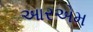
આરએમ